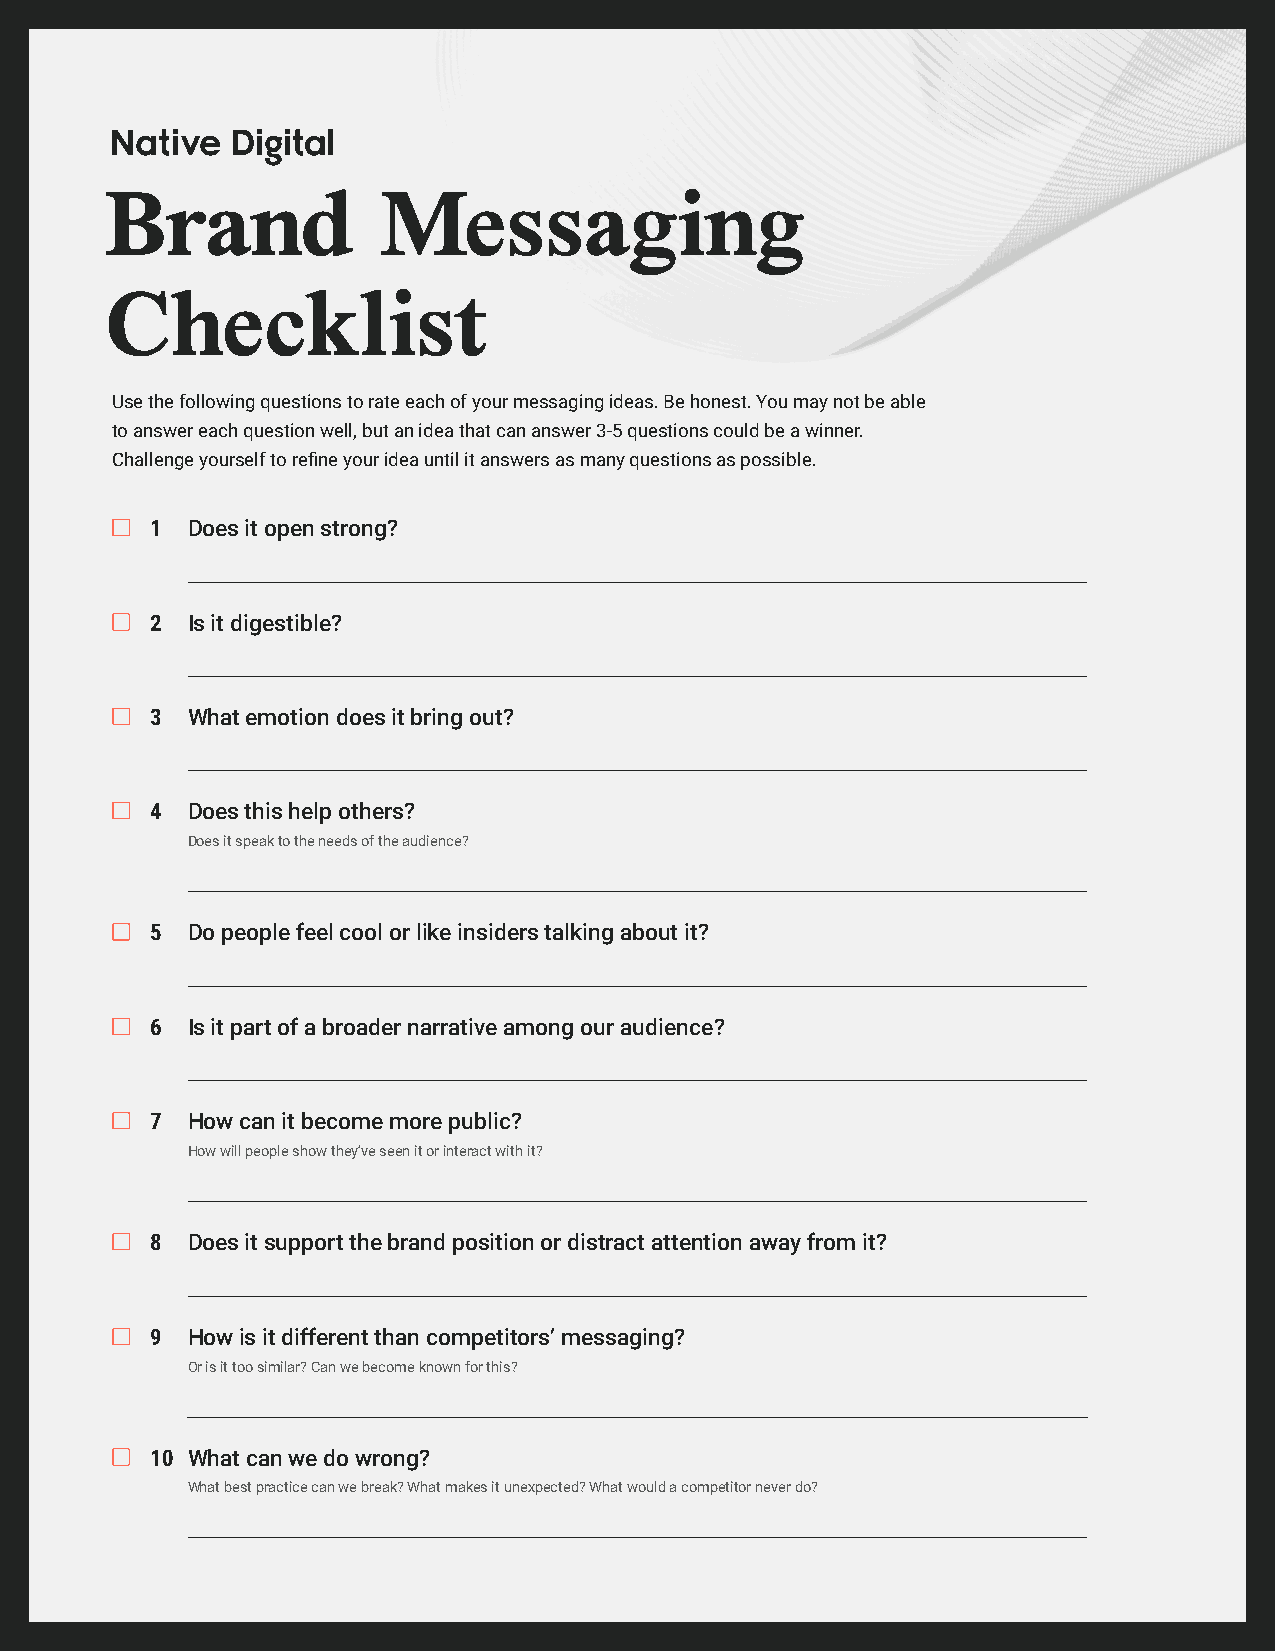
Brand             Messaging
 Checklist
 Use the following questions to rate each of your messaging ideas. Be honest. You may not be able
 to answer each question well, but an idea that can answer 3-5 questions could be a winner.
 Challenge yourself to refine your idea until it answers as many questions as possible.
 1 Does it open strong?
 2 Is it digestible?
 3 What emotion does it bring out?
 4 Does this help others?
 Does it speak to the needs of the audience?
 5 Do people feel cool or like insiders talking about it?
 6 Is it part of a broader narrative among our audience?
 7 How can it become more public?
 How will people show they’ve seen it or interact with it?
 8 Does it support the brand position or distract attention away from it?
 9 How is it different than competitors’ messaging?
 Or is it too similar? Can we become known for this?
 10 What can we do wrong?
 What best practice can we break? What makes it unexpected? What would a competitor never do?